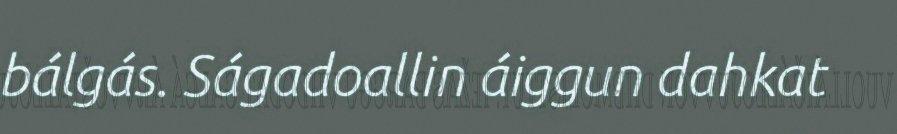
bálgás. Ságadoallin áiggun dahkat